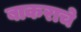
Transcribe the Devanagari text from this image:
बाकराचे